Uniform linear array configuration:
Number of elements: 16
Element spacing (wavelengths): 0.25
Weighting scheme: uniform
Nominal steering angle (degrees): -45
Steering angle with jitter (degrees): -43.641
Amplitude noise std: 0.05
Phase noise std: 0.05

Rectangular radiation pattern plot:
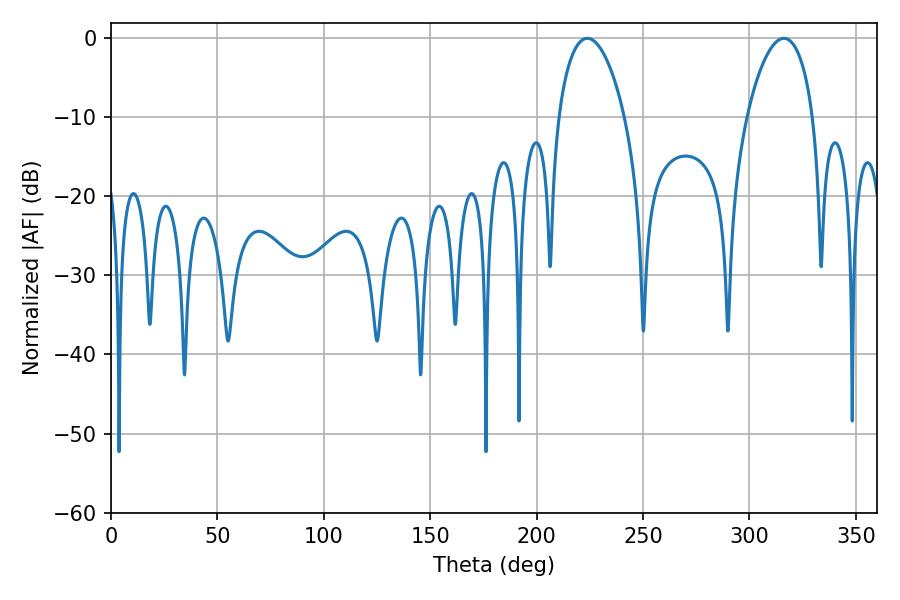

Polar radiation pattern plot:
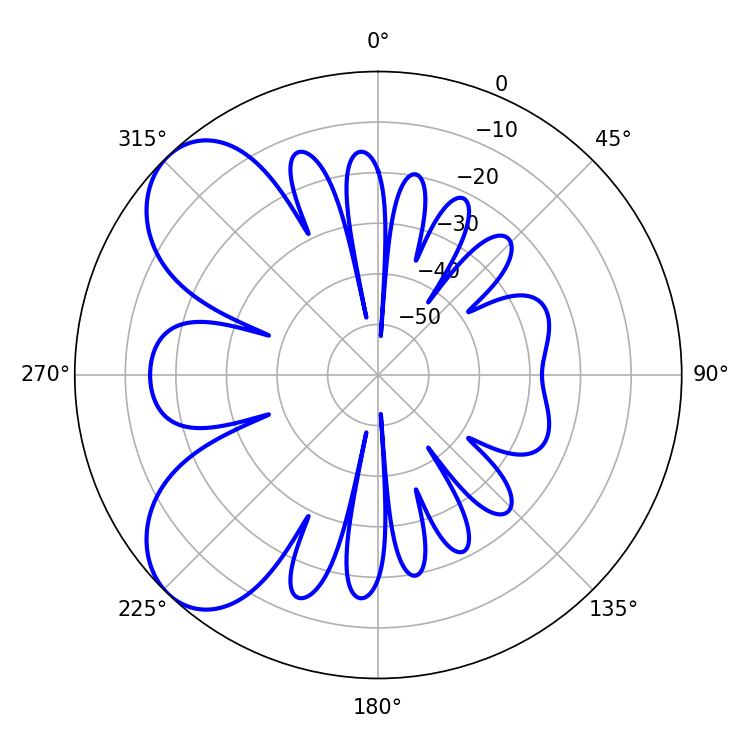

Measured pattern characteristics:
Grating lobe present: FALSE
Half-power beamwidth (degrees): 17.64
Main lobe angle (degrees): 223.74